Civil Veterinary Dept. North-West Frontier Province 1933-46 - 1933-1946
Year: 1933
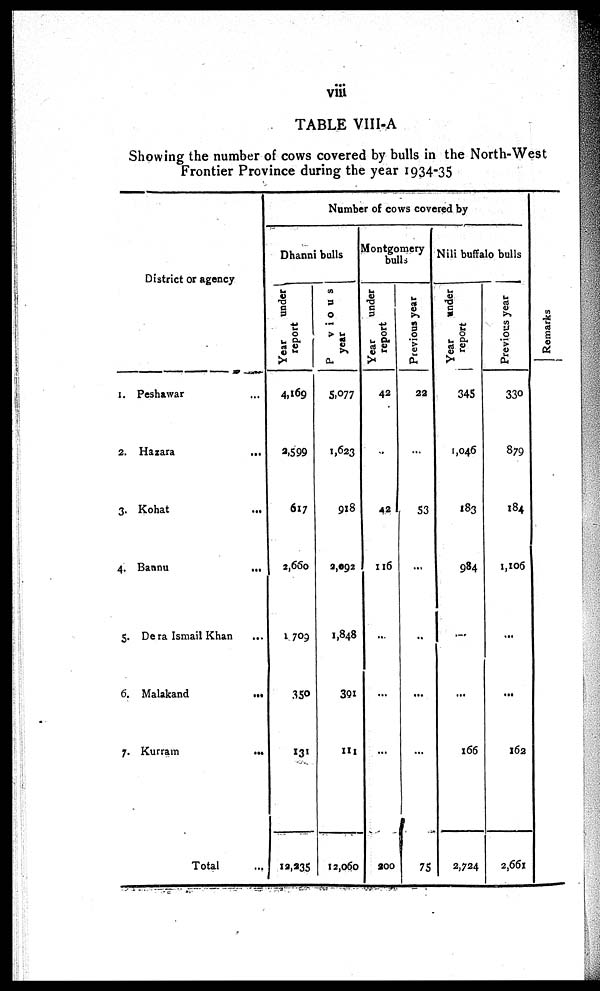
viii
TABLE VIII-A
Showing the number of cows covered by bulls in the North-West
Frontier Province during the year 1934-35
District or agency
1. Peshawar ...
2. Hazara
...
3. Kohat ...
4. Bannu
...
5. De ra Ismail Khan ...
6. Malakand ...
7. Kurram
...
Total ...
Number of cows covered by
Dhanni bulls
Year
under
report
4,169
2,599
617
2,660
1,709
350
131
12,235
Previous
year
5,077
1,623
918
2,092
1,848
301
111
12,060
Montgomery
bulls
Year
under
report
42
..
42
116
...
...
...
200
Previous year
22
...
53
...
..
...
...
75
Nili buffalo bulls
Year
under
report
345
1,046
183
984
...
...
166
2,724
Previous year
330
879
184
1,106
...
...
162
2,661
Re ma r
ks